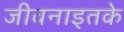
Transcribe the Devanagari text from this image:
जीवनाइतके